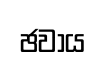
ඡවාය